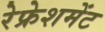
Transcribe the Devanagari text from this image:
रेफ्रेशमेंट